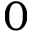
0